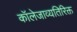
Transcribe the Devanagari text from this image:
कॉलेजाव्यतिरिक्त